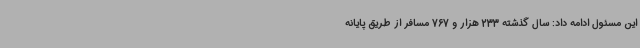
این مسئول ادامه داد: سال گذشته 233 هزار و 767 مسافر از طریق پایانه